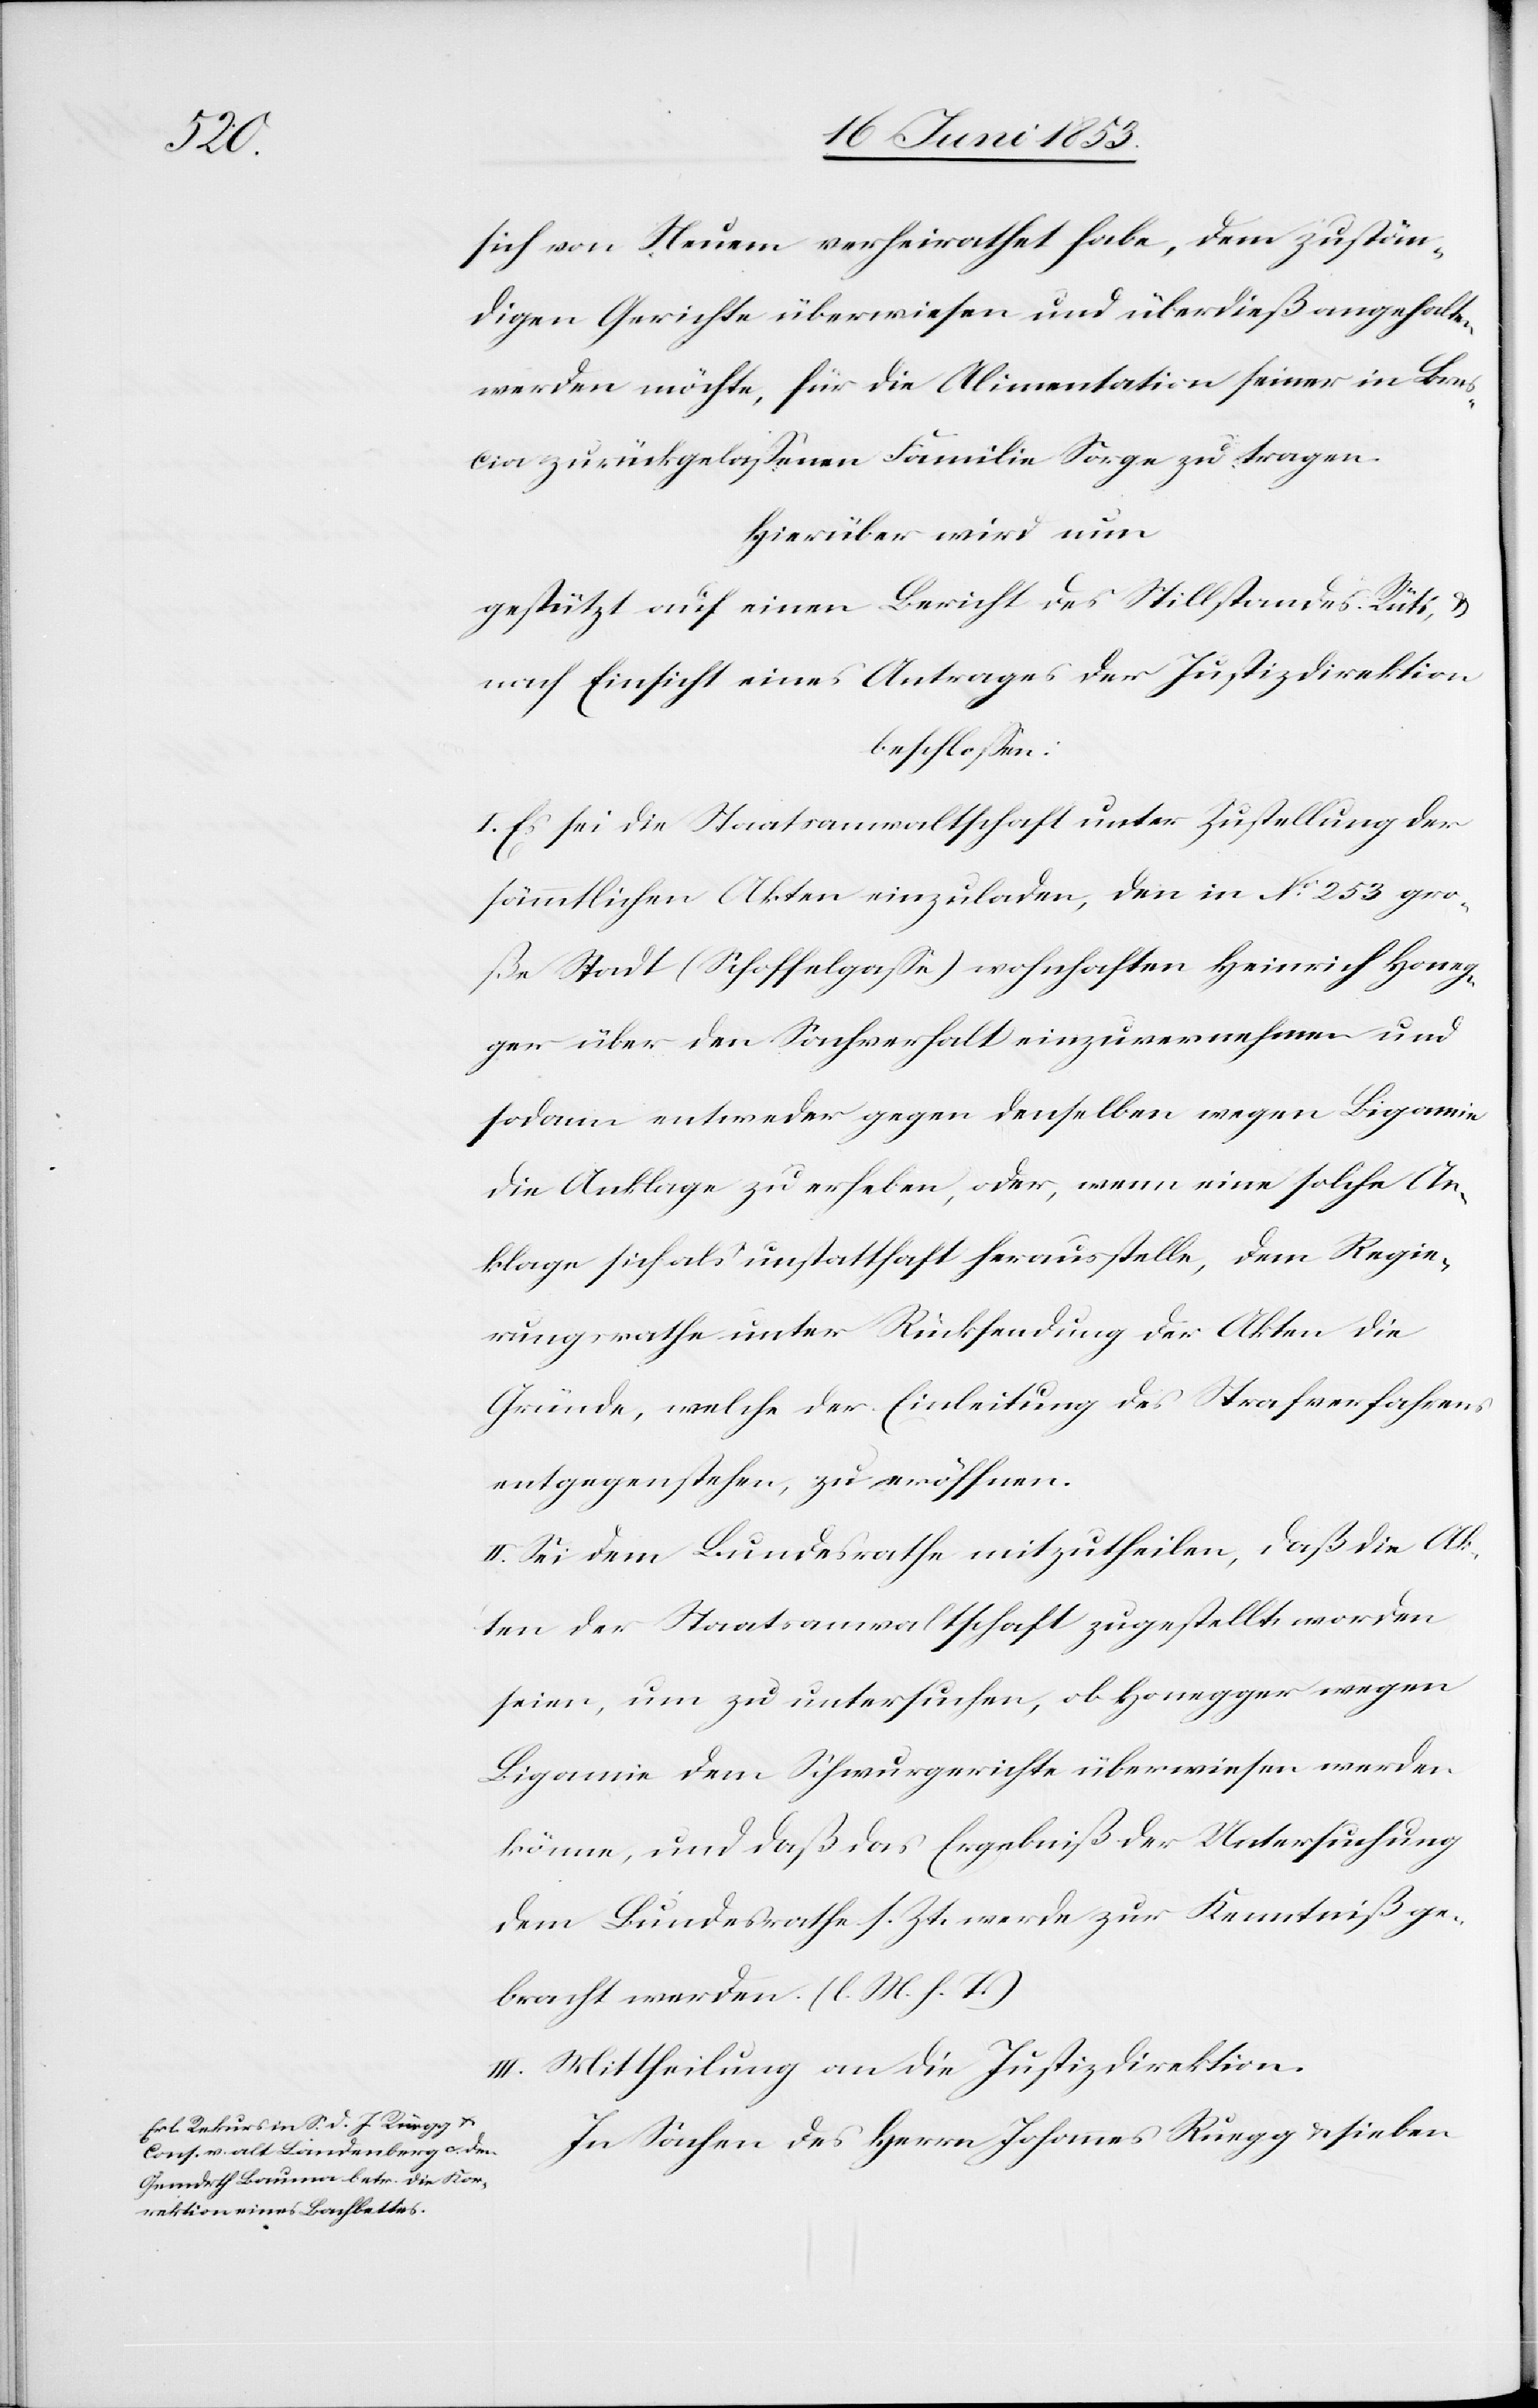
sich von Neuem verheirathet habe, dem zustän¬
digen Gerichte überwiesen und überdieß angehalten
werden möchte, für die Alimentation seiner in Bres¬
cia zurückgelaßenen Familie Sorge zu tragen.
Hierüber wird nun
gestützt auf einen Bericht des Stillstandes Rüti, u.
nach Einsicht eines Antrages der Justizdirektion
beschloßen:
I. Es sei die Staatsanwaltschaft unter Zustellung der
sämmtlichen Akten einzuladen, den in N°. 253 gro¬
ße Stadt (Schoffelgaße) wohnhaften Heinrich Honeg¬
ger über den Sachverhalt einzuvernehmen und
sodann entweder gegen denselben wegen Bigamie
die Anklage zu erheben, oder, wenn eine solche An¬
klage sich als unstatthaft herausstelle, dem Regie¬
rungsrathe unter Rücksendung der Akten die
Gründe, welche der Einleitung des Strafverfahrens
entgegenstehen, zu eröffnen.
II. Sei dem Bundesrathe mitzutheilen, daß die Ak¬
ten der Staatsanwaltschaft zugestellt worden
seien, um zu untersuchen, ob Honegger wegen
Bigamie dem Schwurgerichte überwiesen werden
könne, und daß das Ergebniß der Untersuchung
dem Bundesrathe s. Zt. werde zur Kenntniß ge¬
bracht werden. [l. M. h. T]
III. Mittheilung an die Justizdirektion.
In Sachen des Herrn Johannes Rüegg u. sieben